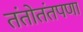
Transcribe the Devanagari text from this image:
तंतोतंतपणा